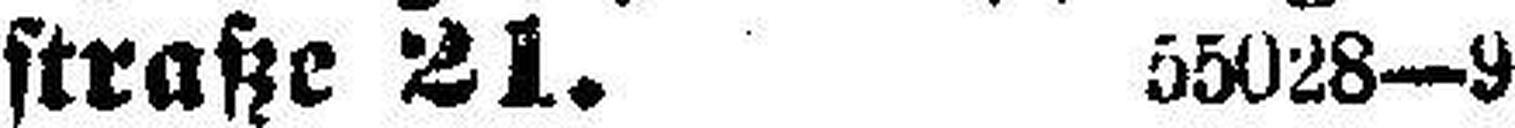
straße 21. 55028—9